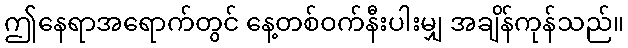
ဤနေရာအရောက်တွင် နေ့တစ်ဝက်နီးပါးမျှ အချိန်ကုန်သည်။